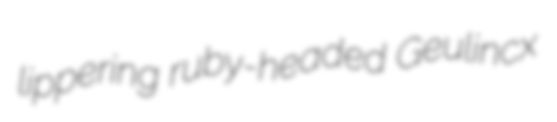
lippering ruby-headed Geulincx